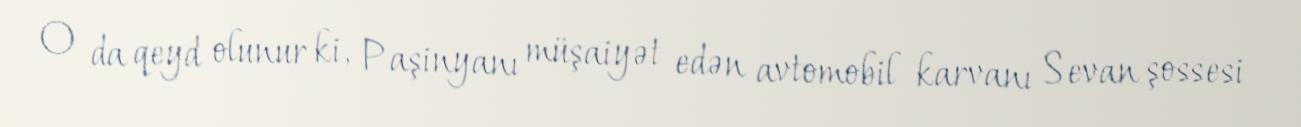
O da qeyd olunur ki, Paşinyanı müşaiyət edən avtomobil karvanı Sevan şossesi